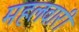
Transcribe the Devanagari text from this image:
महलवारी